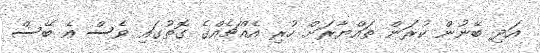
އަދި ބޭނުން ކުރަން ތައްޔާރަށް ހުރި އެއްޗެއްގެ ގޮތުގައި ވެސް އެ ބޭސް